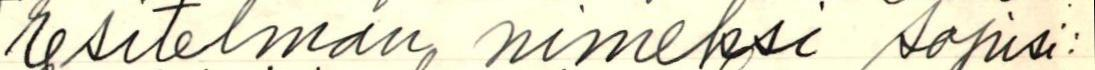
Esitelmän nimeksi sopisi